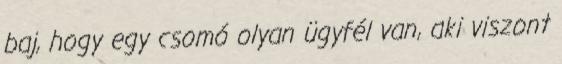
baj, hogy egy csomó olyan ügyfél van, aki viszont